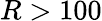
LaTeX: R>100